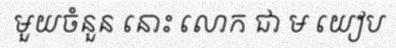
មួយចំនួន នោះ លោក ជា ម យៀប